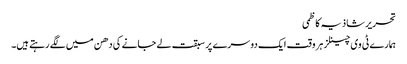
تحریر شاذیہ کاظمی
ہمارے ٹی وی چینلز ہر وقت ایک دوسرے پر سبقت لے جانے کی دھن میں لگے رہتے ہیں۔